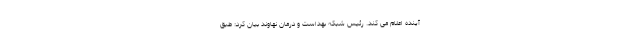
آینده اعلام می کند. رئیس شبکه بهداست و درمان نهاوند بیان کرد: طبق